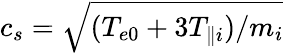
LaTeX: c_{s}=\sqrt{(T_{e0}+3T_{\parallel i})/m_{i}}